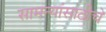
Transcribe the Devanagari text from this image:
सामन्यांसाठीचे